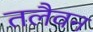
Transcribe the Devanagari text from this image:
तलैवन